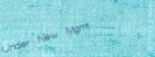
Under New Mgmt